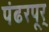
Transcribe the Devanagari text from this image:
पंढरपूर्